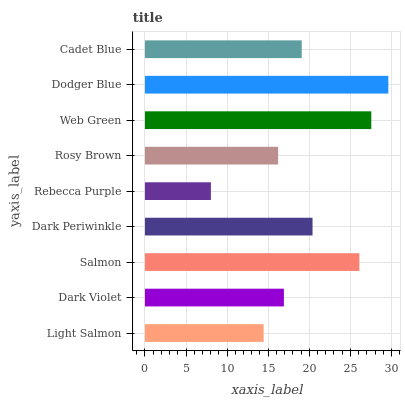
| yaxis_label | bars |
 | --- | --- |
 | Light Salmon | 14.4 |
 | Dark Violet | 16.9 |
 | Salmon | 26.1 |
 | Dark Periwinkle | 20.4 |
 | Rebecca Purple | 8.02 |
 | Rosy Brown | 16.2 |
 | Web Green | 27.5 |
 | Dodger Blue | 29.6 |
 | Cadet Blue | 19.1 |